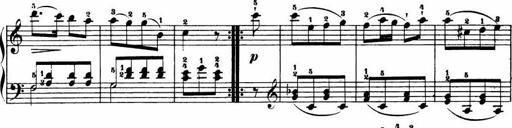
Title: Le bouquetier
Composer: Anton Diabelli
Key: G major
 C major
 F major
 C major